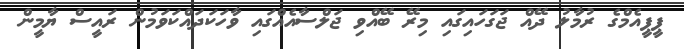
ޕީޕީއެމްގެ ރުމާލު ދޭއް ޖަގަހައިގައި މިރޭ ބޭއްވި ޖަލްސާއެއްގައި ވާހަކަދައްކަވަމުން ރައީސް ޔާމީން